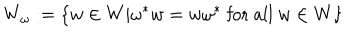
W _ { \omega } : = \{ w \in W | \omega ^ { * } w = w \omega ^ { * } \mathrm { ~ f o r ~ a l l ~ } w \in W \}